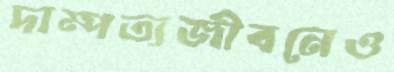
দাম্পত্যজীবনেও